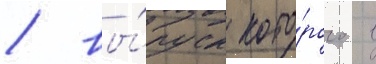
/ вы́пуск кото́рого в